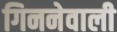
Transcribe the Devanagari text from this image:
गिननेवाली